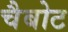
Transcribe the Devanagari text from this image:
चैबोट